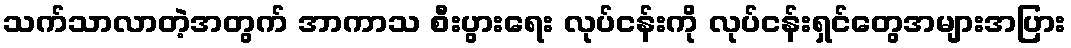
သက်သာလာတဲ့အတွက် အာကာသ စီးပွားရေး လုပ်ငန်းကို လုပ်ငန်းရှင်တွေအများအပြား